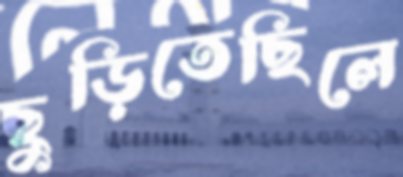
ছুড়িতেছিলে